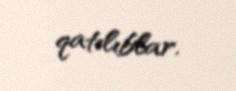
qatılıblar.